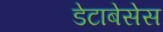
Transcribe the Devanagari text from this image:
डेटाबेसेस